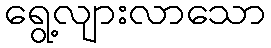
ရွေ့လျားလာသော